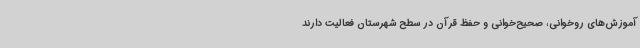
آموزش‌های روخوانی، صحیح‌خوانی و حفظ قرآن در سطح شهرستان فعالیت دارند